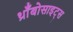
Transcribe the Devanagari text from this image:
थ्राँबोसाइट्स